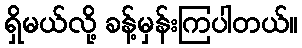
ရှိမယ်လို့ ခန့်မှန်းကြပါတယ်။